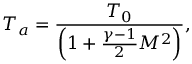
T _ { a } = \frac { T _ { 0 } } { \left( 1 + \frac { \gamma - 1 } { 2 } M ^ { 2 } \right) } ,